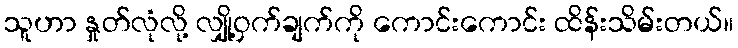
သူဟာ နှုတ်လုံလို့ လျှို့ဝှက်ချက်ကို ကောင်းကောင်း ထိန်းသိမ်းတယ်။